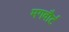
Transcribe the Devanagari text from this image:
मगवौर्ट